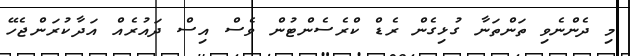
މި ދެންނެވި ތަންތަނާ ގުޅިގެން ރެޑް ކްރެސެންޓުން ވެސް އިސް ދައުރެއް އަދާކުރަންޖެހޭ